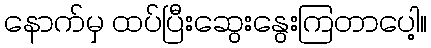
နောက်မှ ထပ်ပြီးဆွေးနွေးကြတာပေါ့။